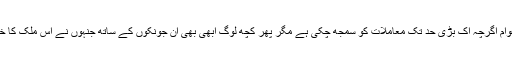
اور پارٹی بازی میں مبتلا عوام اگرچہ اک بڑی حد تک معاملات کو سمجھ چکی ہے مگر پھر کچھ لوگ ابھی بھی ان جونکوں کے ساتھ جنہوں نے اس ملک کا خون نچوڑ لیا لگے ہوئے ہیں۔